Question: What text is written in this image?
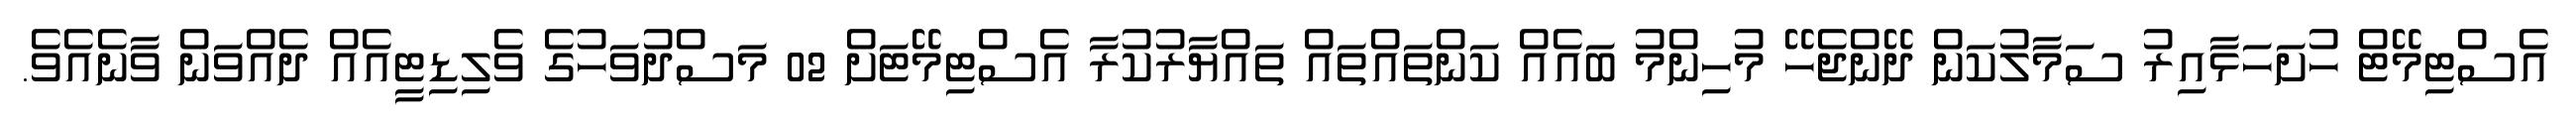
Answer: އެސްޓިމޭޓް ހުށަހަޅާއިރު ސަމާލުކަން ދޭންޖެހޭ މުހިންމު ބައެއް ކަންތައްތައް ތައްޔާރުކުރާ އެސްޓިމޭޓަށް 02 މަސްދުވަހުގެ ވެލިޑިޓީއެއް ދެއްވަން ވާނެއެވެ.